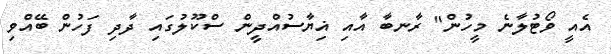
އެއީ ވޯޓުލާނެ މީހުން" ރާނބާ އާއި ޣިޔާސުއްދީން ސްކޫލުގައި ދާދި ފަހުން ބޭއްވި